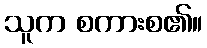
သူက စကားစ၏။